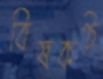
বিষকণ্ঠ